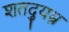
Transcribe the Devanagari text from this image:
शतद्युम्न